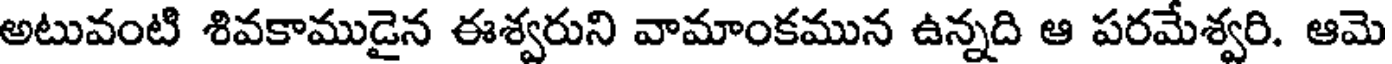
అటువంటి శివకాముడైన ఈశ్వరుని వామాంకమున ఉన్నది ఆ పరమేశ్వరి. ఆమె